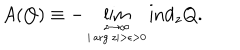
LaTeX: A ( Q ) \equiv - \lim _ { \stackrel { z \rightarrow \infty } { \scriptscriptstyle | \arg z | > \epsilon > 0 } } \mathrm { i n d } _ { z } Q .